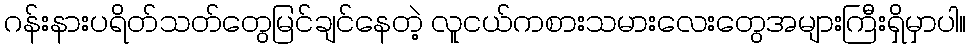
ဂန်းနားပရိတ်သတ်တွေမြင်ချင်နေတဲ့ လူငယ်ကစားသမားလေးတွေအများကြီးရှိမှာပါ။